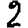
Digit: 2